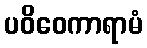
ပဝိဝေကာရာမံ